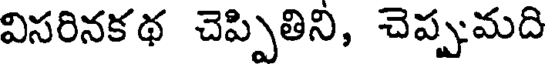
విసరినకథ చెప్పితిని, చెప్పమది